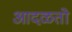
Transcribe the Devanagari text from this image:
आदळतो